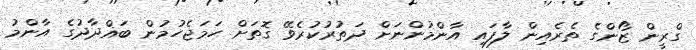
ގްރީން ޒޯންގެ ތެރެއިން ލާފައި އާންމުންނަށް ދަތުރުކުރެވޭ ގޮތަށް ހަމަޖެހުމުން ބަޣްދާދުގެ އާންމު